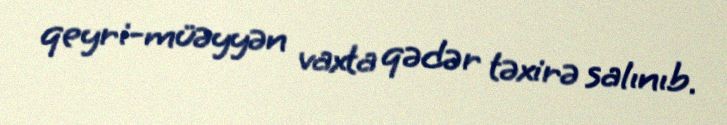
qeyri-müəyyən vaxta qədər təxirə salınıb.